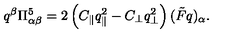
q ^ { \beta } \Pi _ { \alpha \beta } ^ { 5 } = 2 \left( C _ { \parallel } q _ { \parallel } ^ { 2 } - C _ { \bot } q _ { \bot } ^ { 2 } \right) ( \tilde { F } q ) _ { \alpha } .